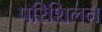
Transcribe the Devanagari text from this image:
परिशिलन